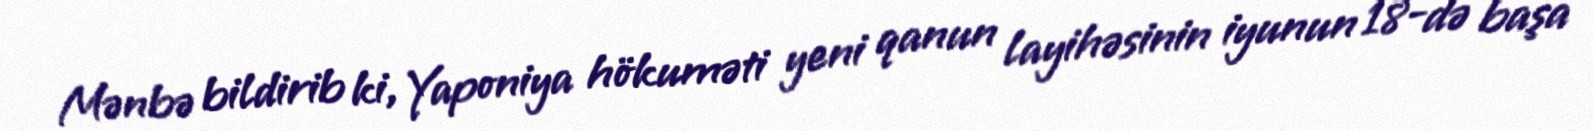
Mənbə bildirib ki, Yaponiya hökuməti yeni qanun layihəsinin iyunun 18-də başa